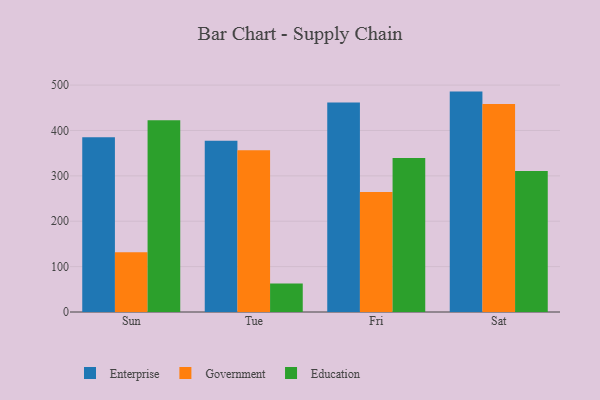
{"axis": {"x": "Day", "y": "Shipments"}, "legend": ["Education", "Enterprise", "Government"], "data": [{"x": "Sun", "y": 385.0, "type": "Enterprise"}, {"x": "Sun", "y": 131.8, "type": "Government"}, {"x": "Sun", "y": 422.6, "type": "Education"}, {"x": "Tue", "y": 377.5, "type": "Enterprise"}, {"x": "Tue", "y": 356.4, "type": "Government"}, {"x": "Tue", "y": 63.0, "type": "Education"}, {"x": "Fri", "y": 461.6, "type": "Enterprise"}, {"x": "Fri", "y": 264.5, "type": "Government"}, {"x": "Fri", "y": 339.5, "type": "Education"}, {"x": "Sat", "y": 485.7, "type": "Enterprise"}, {"x": "Sat", "y": 458.3, "type": "Government"}, {"x": "Sat", "y": 310.6, "type": "Education"}]}